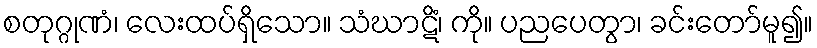
စတုဂ္ဂုဏံ၊ လေးထပ်ရှိသော။ သံဃာဋိံ၊ ကို။ ပညပေတွာ၊ ခင်းတော်မူ၍။